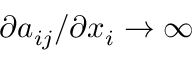
\partial a _ { i j } / \partial x _ { i } \to \infty